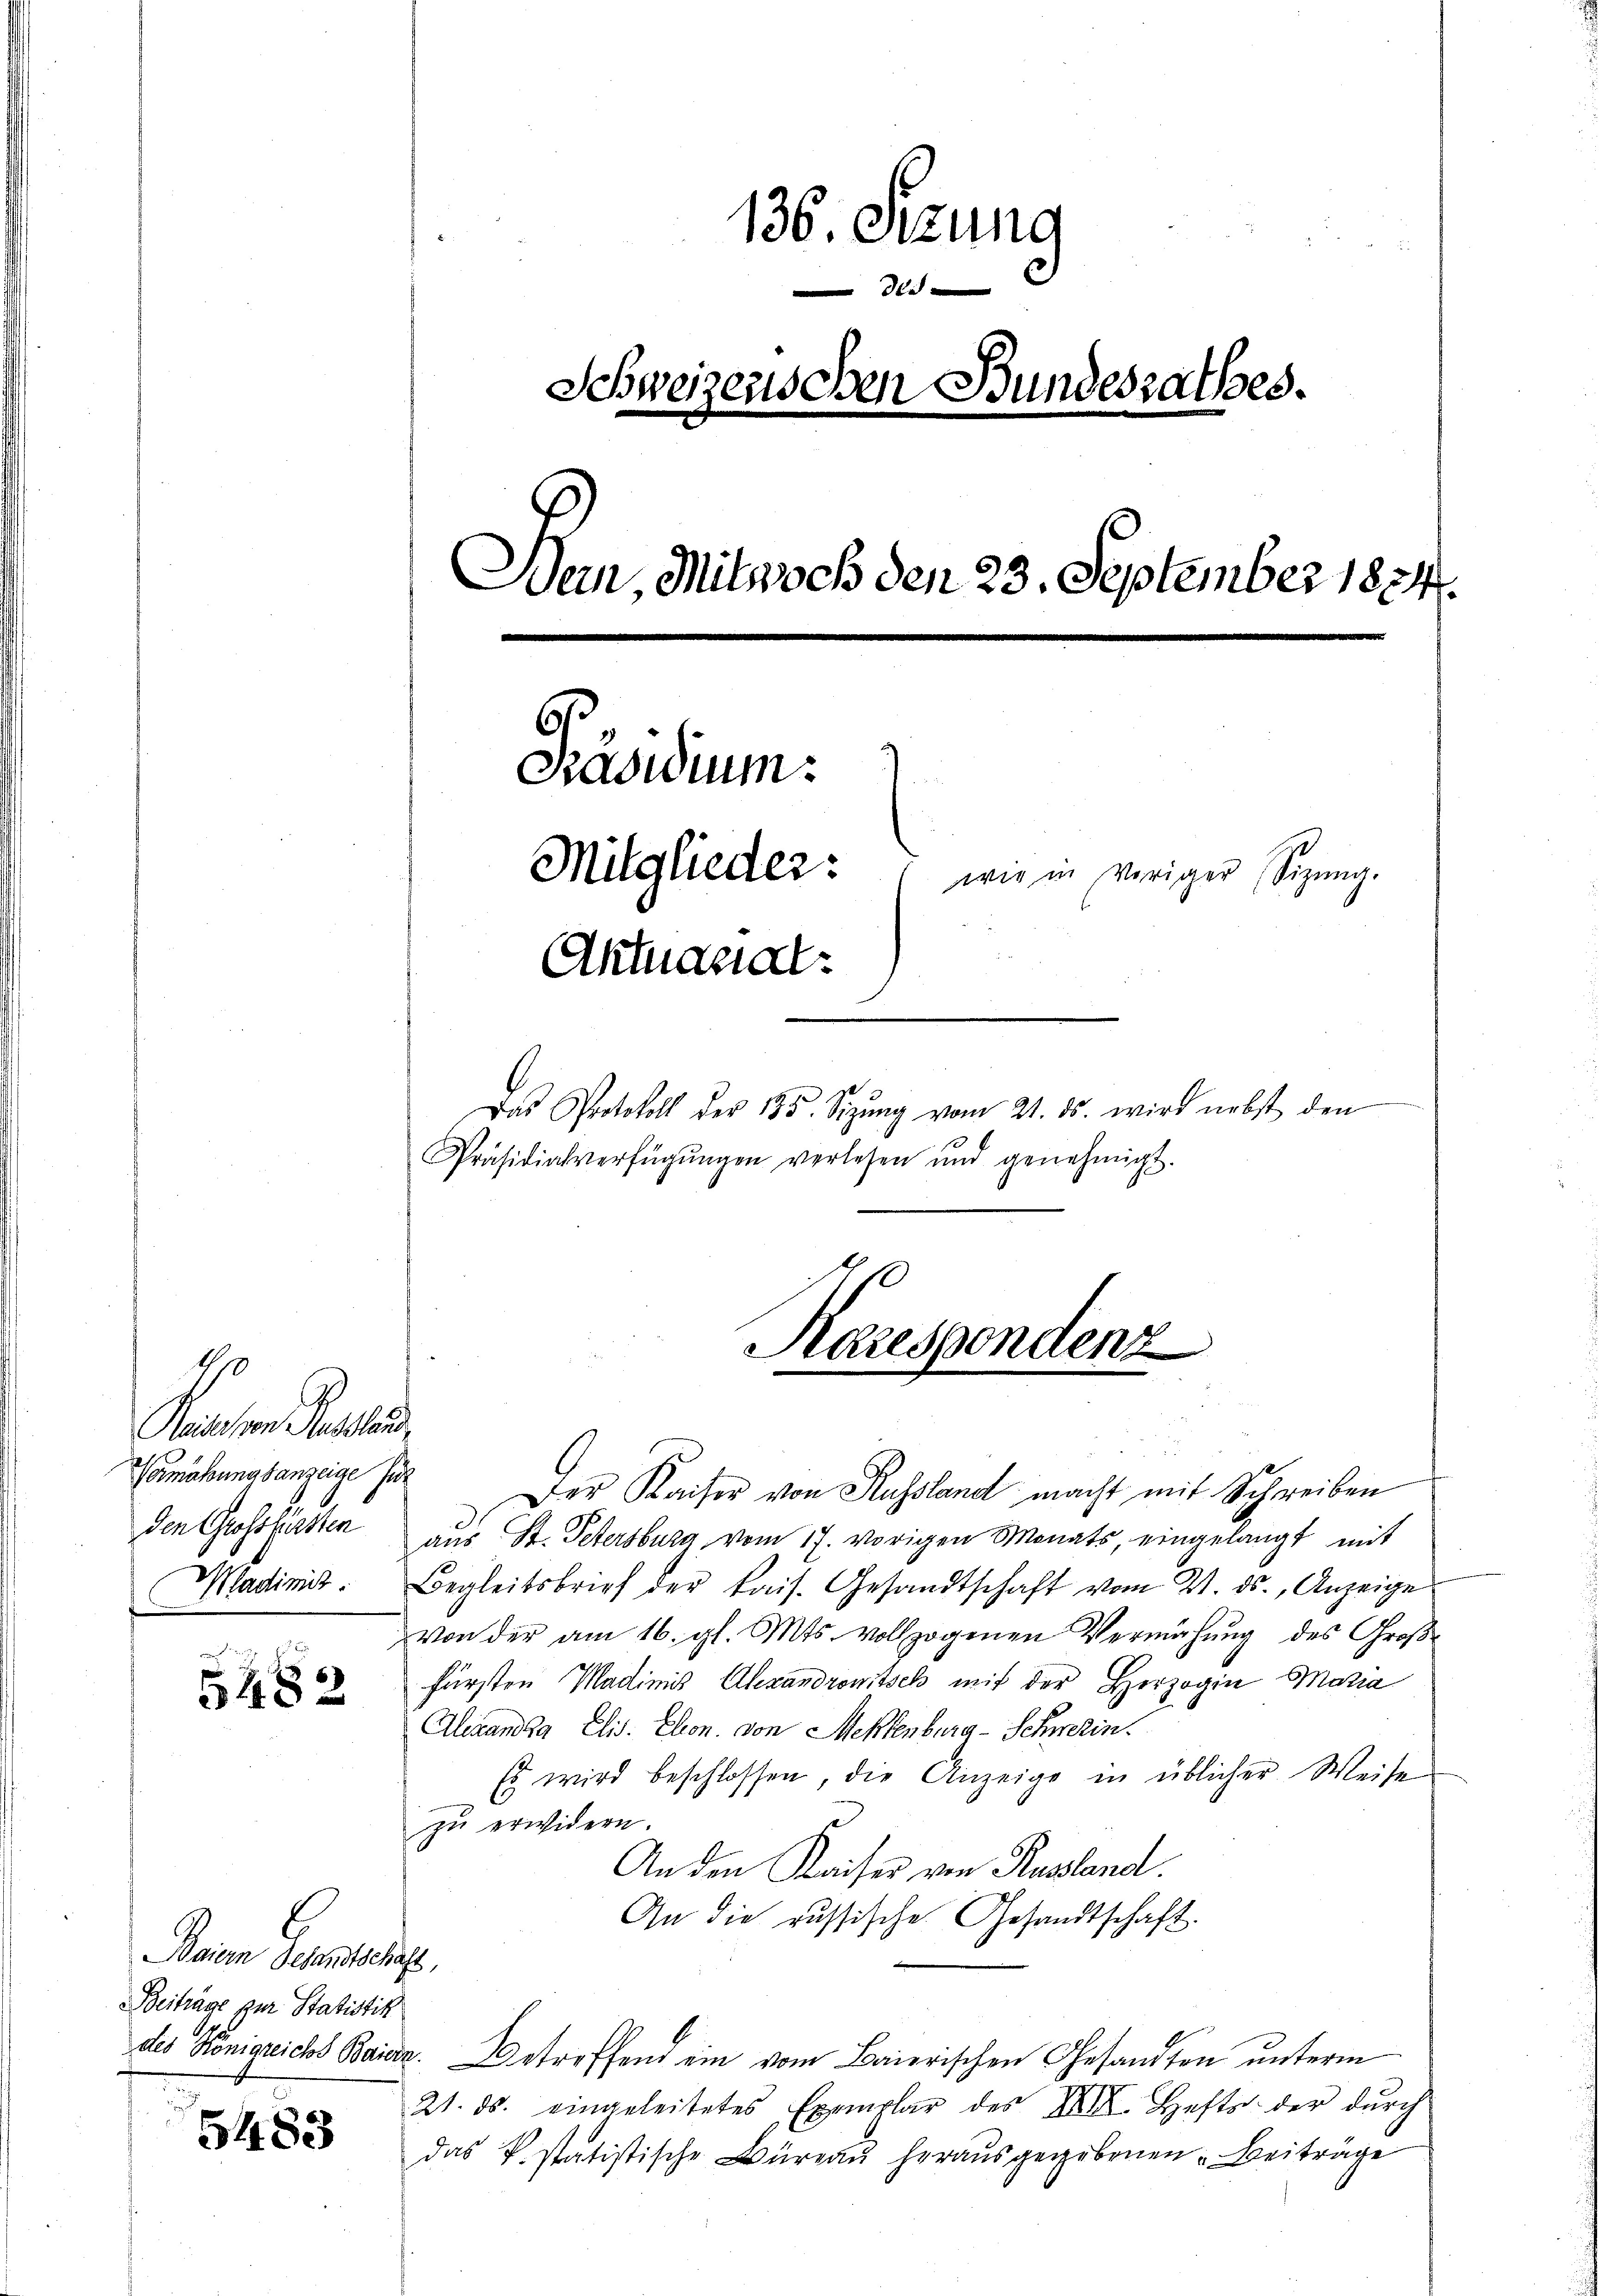
1
Reinsen Pestand
Vermähung sanzeige für
den Gessfürsten

5482

Dein Gehenden,
Beiträge zur Statistik

5483

136. Sitzung
e
Schweizerischen Bundesrathes.
Wein, Mitwoch den 23. September 1834.
Präsidium.
Mitglieder:
wie in Voriger Sizung.
Aktuarial¬

Das Protokoll der 185. Sizung vom 21. ds. wird nebst den
Präsidialverfügŭngen verlesen und genehmigt.

Karespendenz

Der Kaiser von Russland macht mit Schreiben
aus St. Petersburg, vom 17. vorigen Monats, eingelangt mit
Mladimit. Begleitsbrief der kais. Gesandtschaft vom 21. ds. Anzeige
Von der am 16. gl. Mts. vollzogenen Vermähung des Großfürsten Madimis Alexandronitsch mit der Herzogin Maria
Alexandda Elis. Eleon von Meklenburg-Schwerin.
Es wird beschlossen, die Anzeige in üblicher Weise
zŭ erwidern.
An den Kaiser von Russland.
An die russische Gesandtschaft.
des Königreichs Baier. Betreffend ein vom Baierischen Gesandten unterm
21. ds. eingeleitetes Exemplar des XIII. Hefts der dŭrch
das k. statistische Büreaŭ heraŭsgegebenen Beiträge